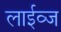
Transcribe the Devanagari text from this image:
लाईव्ज